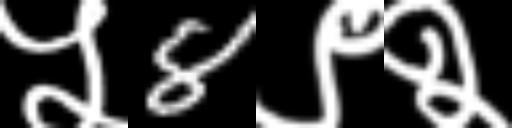
Text: ५8९२